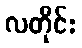
လတိုင်း